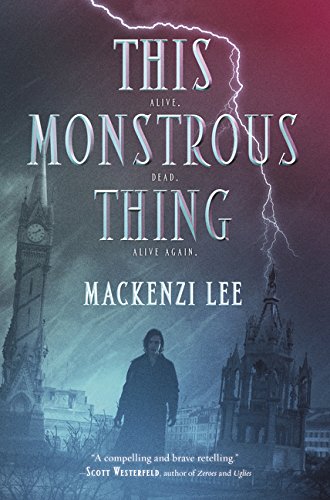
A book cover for This Monstrous Thing; Mackenzi Lee; Teen & Young Adult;